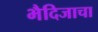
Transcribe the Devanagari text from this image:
भैदिजाचा